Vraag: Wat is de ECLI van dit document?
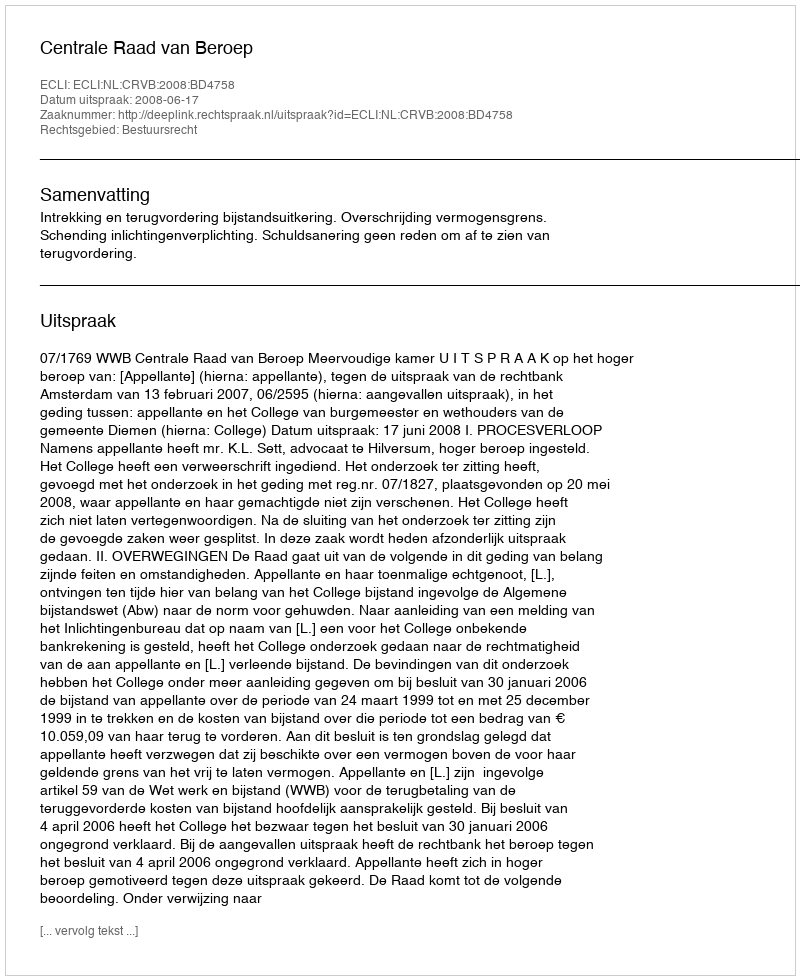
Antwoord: ECLI:NL:CRVB:2008:BD4758